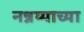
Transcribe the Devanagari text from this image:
नन्नय्याच्या